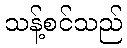
သန့်စင်သည်